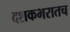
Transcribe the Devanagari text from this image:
दशकभरातच